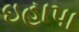
ઇહાપા